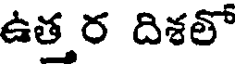
ఉత్తర దిశతో